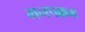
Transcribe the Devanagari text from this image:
मनपक्कम